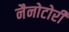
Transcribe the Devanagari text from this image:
नैनोटोरी